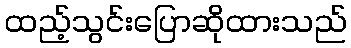
ထည့်သွင်းပြောဆိုထားသည်